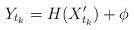
LaTeX: \begin{align*}Y_{t_{k}}=H(X_{t_{k}}')+\phi\end{align*}